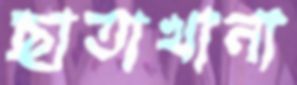
ছাতাখানা